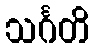
သင်္ဂတိ